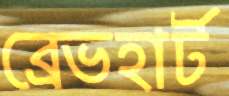
ব্রেভহার্ট